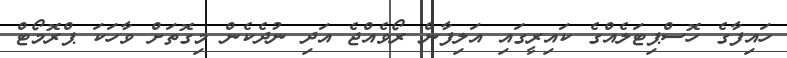
ހައިފާގެ ހޮސްޕިޓަލެއްގެ ކައިރީގައި އަލިފާން ރޯވެއްޖެ އަދި ނުދެކެން މިގޮތަށް ވާހަކަ ޕްރޮމޯޓް